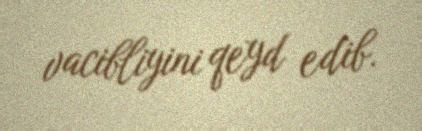
vacibliyini qeyd edib.